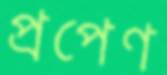
প্রপেণ